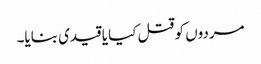
مردوں کو قتل کیا یا قیدی بنایا۔